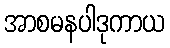
အာစမနပါဒုကာယ